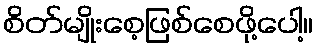
စိတ်မျိုးစေ့ဖြစ်စေဖို့ပေါ့။